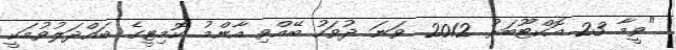
"ވީމާ 23 އޮކްޓޫބަރު 2012 ވަނަ ދުވަހު ބޭއްވި އާންމު ކޮމިޓީގެ ބައްދަލުވުމަކީ